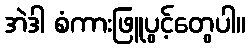
အဲဒါ စံကားဖြူပွင့်တွေပါ။